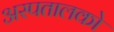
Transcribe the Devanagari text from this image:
अस्पतालको